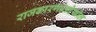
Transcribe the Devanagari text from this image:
राजकारणातदेखील